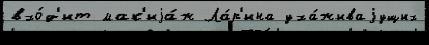
вхо́д'ит мак'иjа́ж Ла́р'ина уха́живаjущих